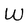
Character: W